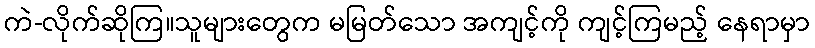
ကဲ-လိုက်ဆိုကြ။သူများတွေက မမြတ်သော အကျင့်ကို ကျင့်ကြမည့် နေရာမှာ